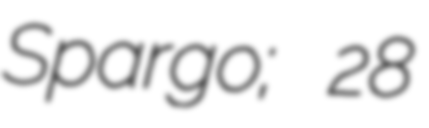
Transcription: Spargo; 28